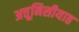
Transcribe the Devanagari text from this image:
अत्तूनिसीयाह